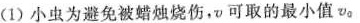
(1)小虫为避免被蜡烛烧伤，v可取的最小值v。